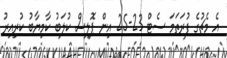
އެ މެޗުގެ ފުރަތަމަ ސެޓް 23-25 އިން ޕޮލިސް ކުލަބު ކާމިޔާބު ކުރިއިރު